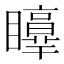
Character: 𥌲